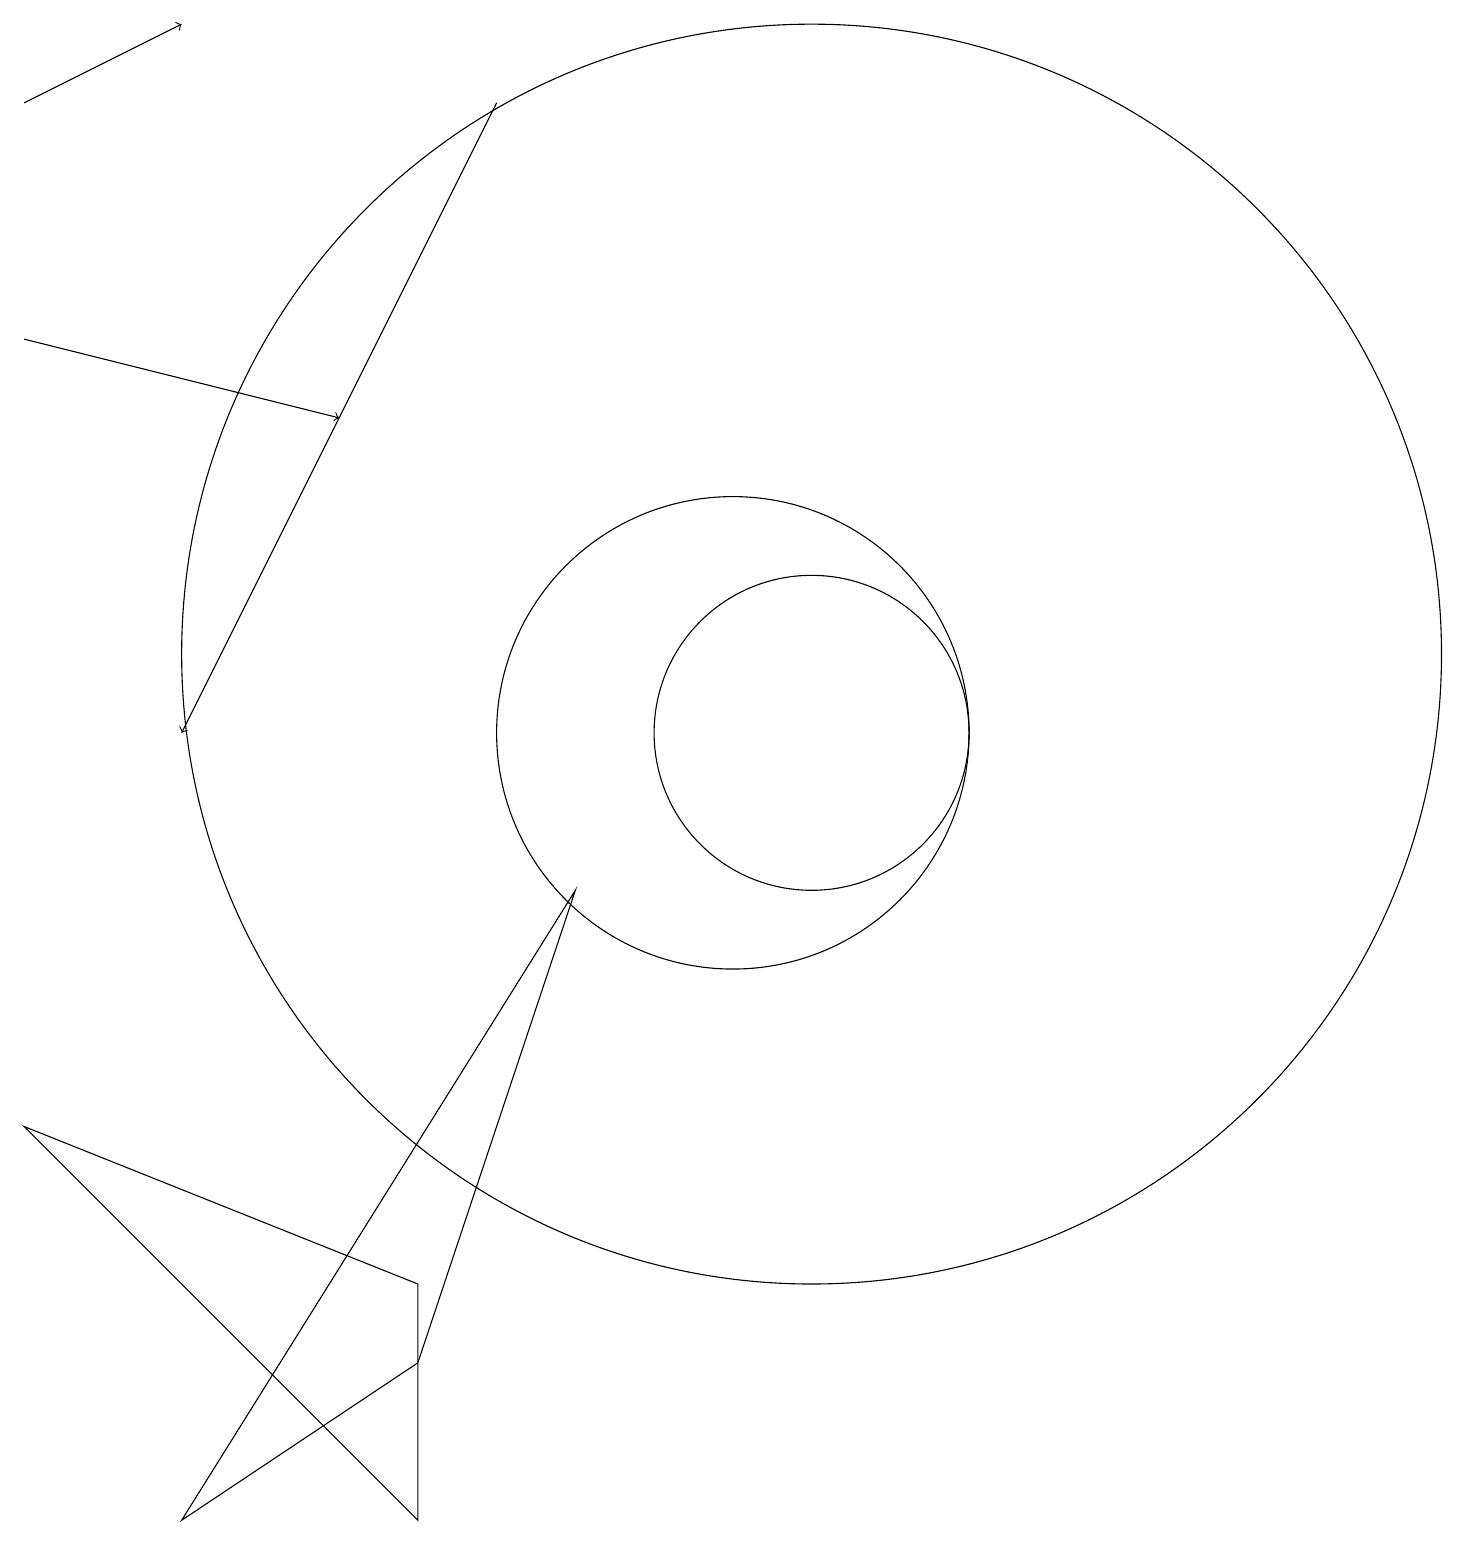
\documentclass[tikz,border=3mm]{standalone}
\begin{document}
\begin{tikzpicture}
\draw (6,0) -- (6,3) -- (1,5) -- cycle;
\draw (10,10) circle (3);
\draw (11,10) circle (2);
\draw[->] (7,18) -- (3,10);
\draw (11,11) circle (8);
\draw (8,8) -- (3,0) -- (6,2) -- cycle;
\draw[->] (1,15) -- (5,14);
\draw[->] (1,18) -- (3,19);
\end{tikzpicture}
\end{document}